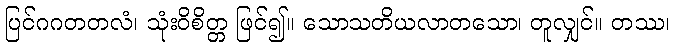
ပြင်ဂဂတတလံ၊ သုံးဝိစိတ္တ ဖြင်၍။ သောသတိယလာတသော၊ တူလျှင်။ တဿ၊